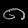
Digit: ၈